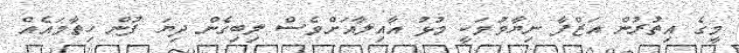
މީގެ އިތުރުން އަޒްފާ ނިޔާވުމަކީ މުޅު އާއިލާއަށްވެސް ލިބިގެން ދިޔަ ފުން ހިތާމައެއް